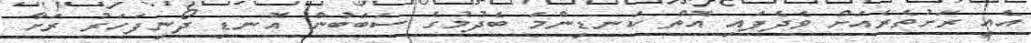
އެއީ ރަށުތެރެއަށް ވެދެފައި އޮތް ކަނޑިންމަ ބެދުމުގެ ސަބަބުން އޮނޑި ދޯނިފަހަރު ރަށާ